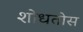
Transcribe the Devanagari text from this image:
शोधतोस